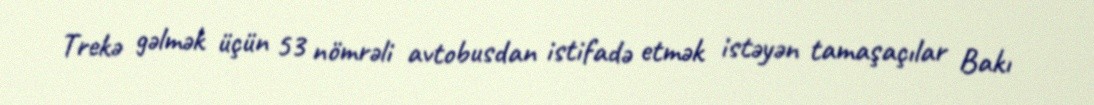
Trekə gəlmək üçün 53 nömrəli avtobusdan istifadə etmək istəyən tamaşaçılar Bakı